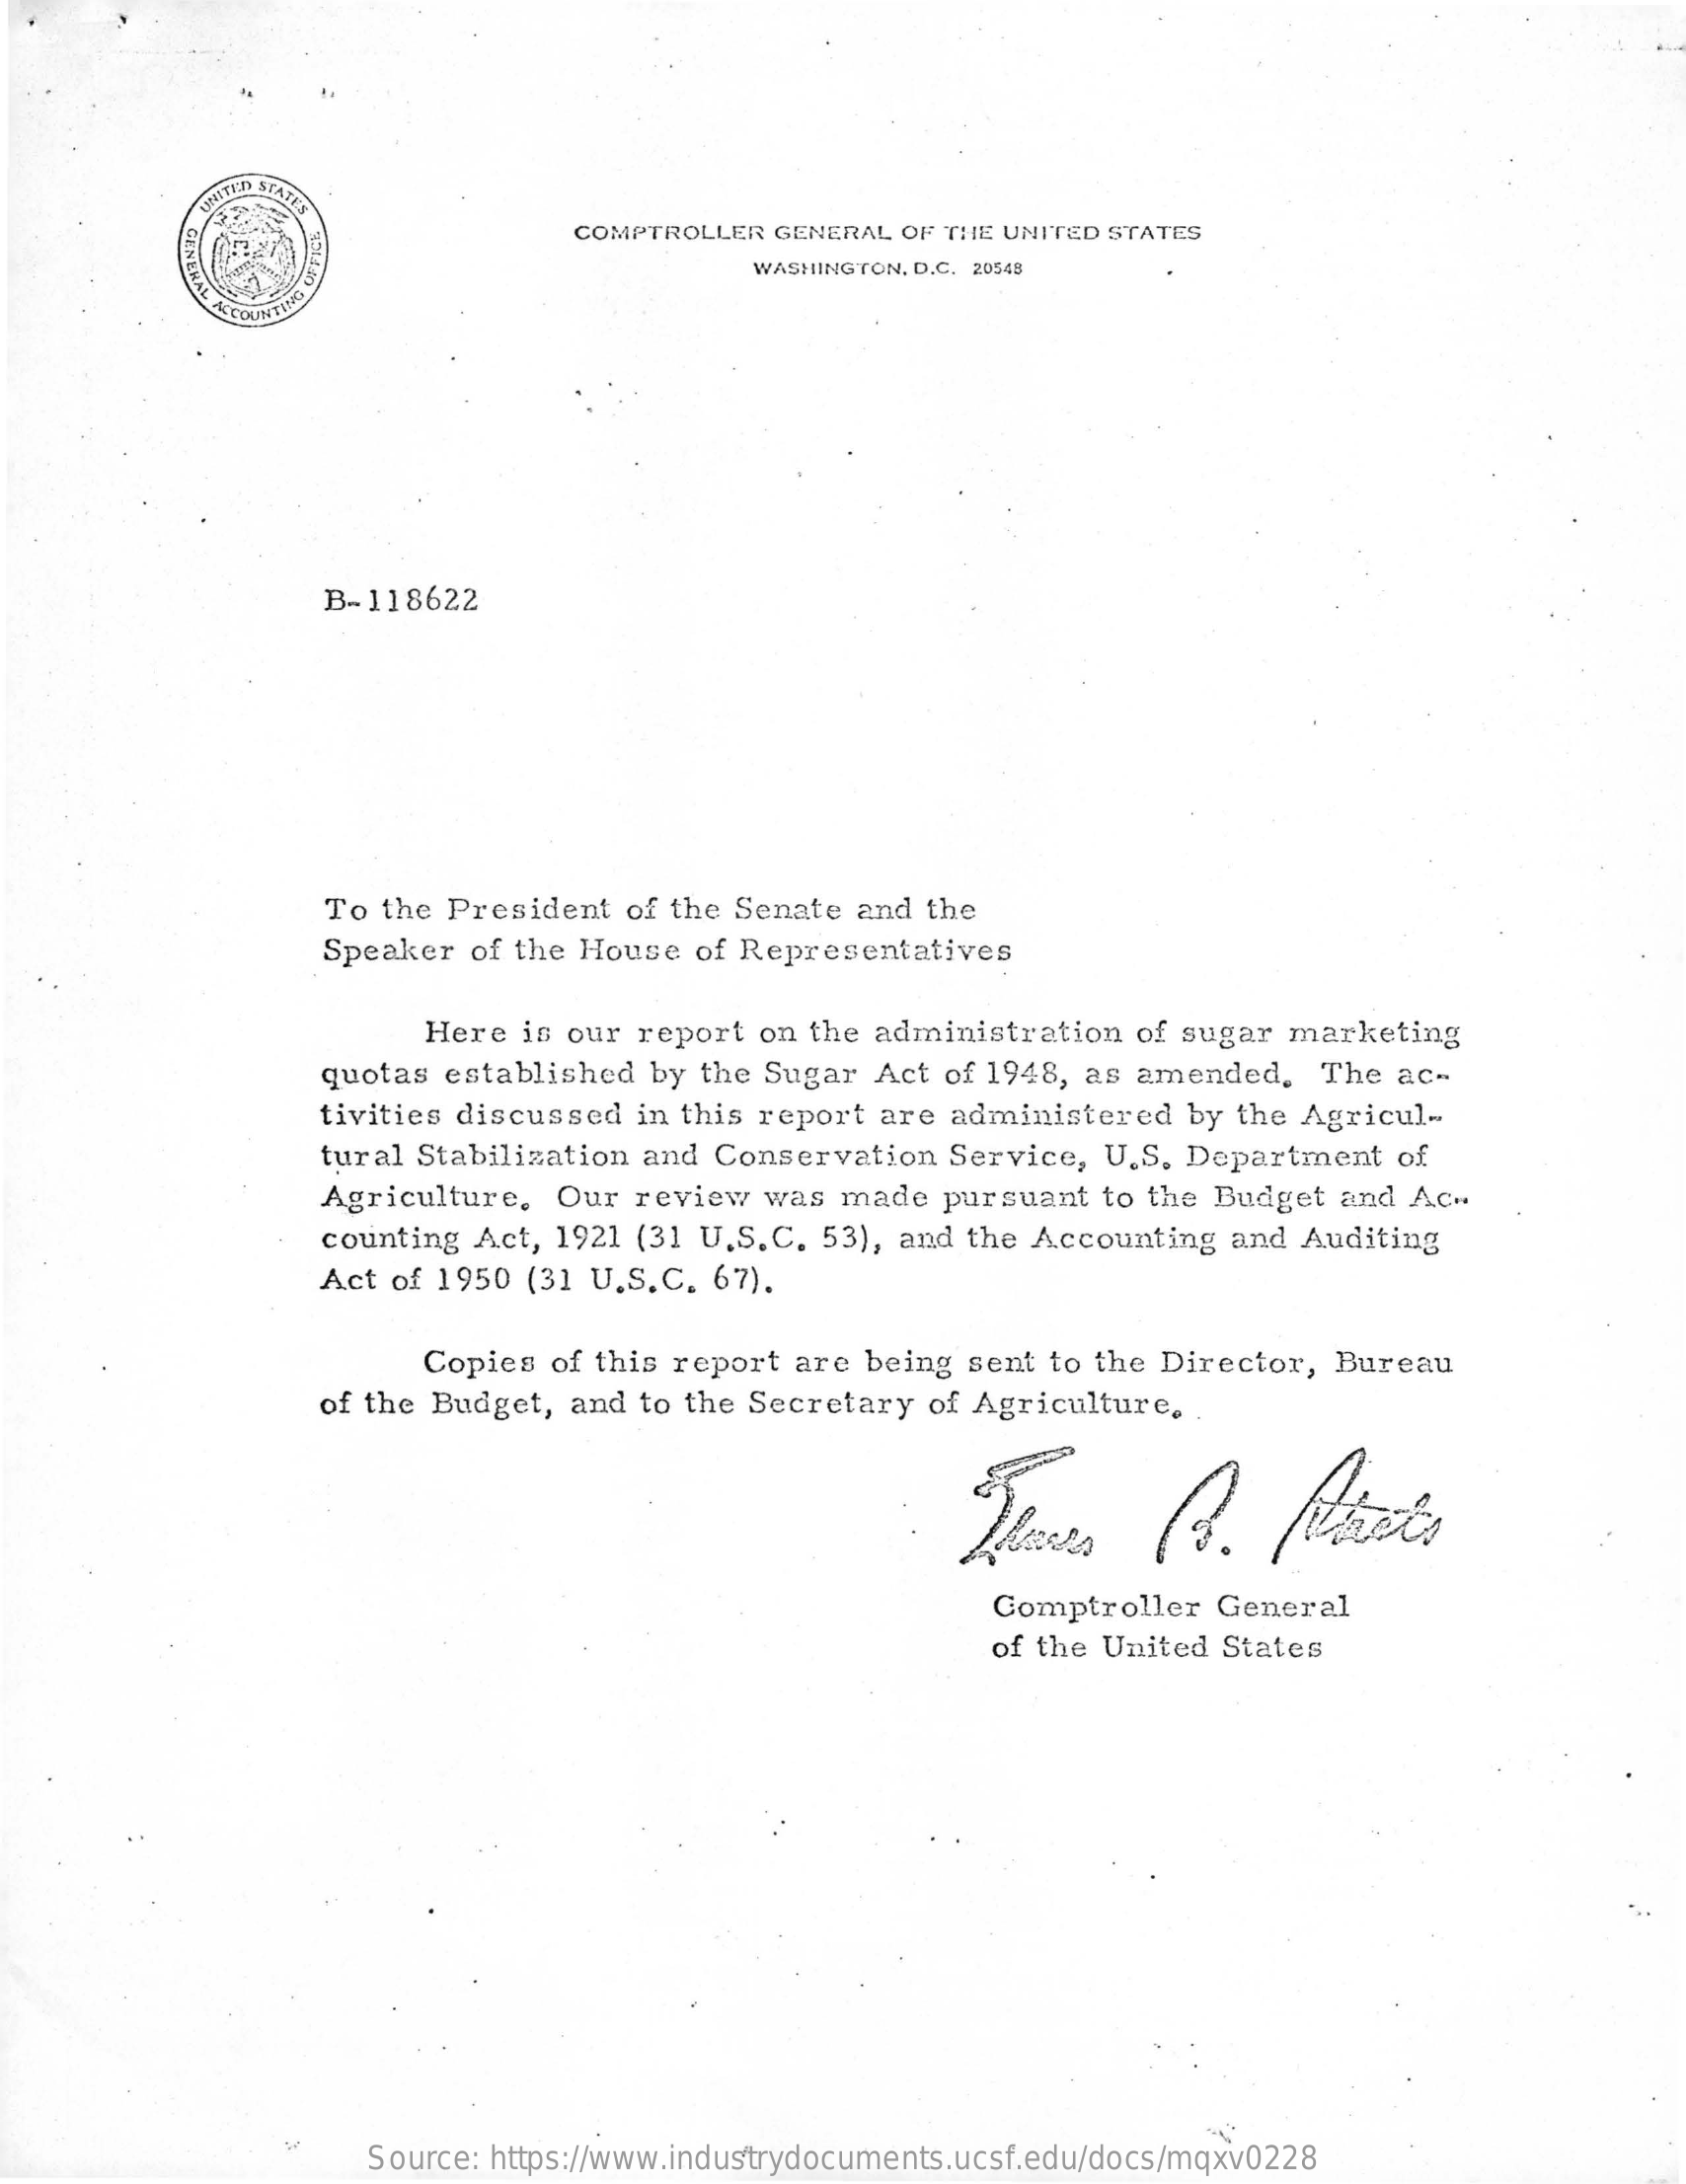
UNITED STATES
     GENERAL
     COMPTROLLER GENERAL OF THE UNITED STATES
     WASHINGTON, D.C. 20548
     B-118622
     To the  President  of the Senate and the
     Speaker  of the House  of Representatives
     Here  is our report  on the administration  of sugar  marketing
     quotas established  by the Sugar  Act of 1948, as  amended.   The  ac-
     tivities discussed in this report are  administered   by the Agricul-
     tural Stabilization and Conservation   Service,  U.S. Department   of
     Agriculture.  Our  review  was  made  pursuant   to the Budget and  Ac ..
     counting Act, 1921 (31 U.S.C.  53), and the Accounting  and  Auditing
     Act of 1950 (31 U.S.C.  67).
     Copies  of this report are  being sent to the Director,  Bureau
     of the Budget, and  to the Secretary of Agriculture  ..
     Comptroller  General
     of the United States
     Source: https://www.industrydocuments.ucsf.edu/docs/mqxv0228